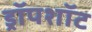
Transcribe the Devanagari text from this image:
ड्रॉपशॉट